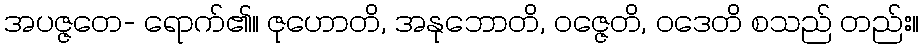
အပဇ္ဇတေ- ရောက်၏။ ဇုဟောတိ, အနုဘောတိ, ဝဇ္ဇေတိ, ဝဒေတိ စသည် တည်း။